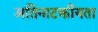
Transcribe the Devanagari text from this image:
अतिनाटकीयता